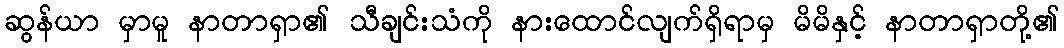
ဆွန်ယာ မှာမူ နာတာရှာ၏ သီချင်းသံကို နားထောင်လျက်ရှိရာမှ မိမိနှင့် နာတာရှာတို့၏